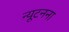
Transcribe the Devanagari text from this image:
न्यूटनना